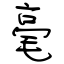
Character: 毫